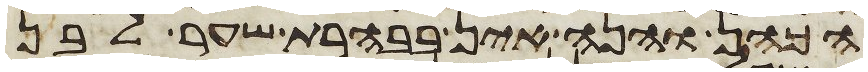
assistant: הכהן והנה אין בבהרת שער לבן